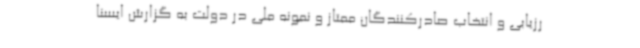
رزیابی و انتخاب صادرکنندگان ممتاز و نمونه ملی در دولت به گزارش ایسنا